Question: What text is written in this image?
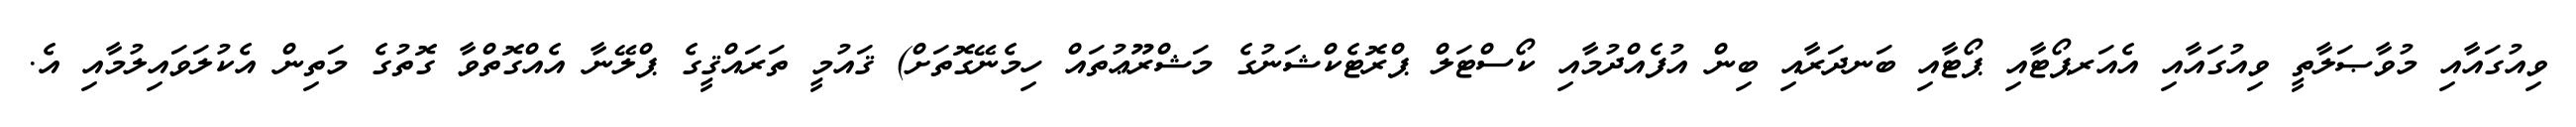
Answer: ވިއުގައާއި މުވާޞަލާތީ ވިއުގައާއި އެއަރޕޯޓާއި ޕޯޓާއި ބަނދަރާއި ބިން އުފެއްދުމާއި ކޯސްޓަލް ޕްރޮޓެކްޝަނުގެ މަޝްރޫޢުތައް ހިމެނޭގޮތަށް) ޤައުމީ ތަރައްޤީގެ ޕްލޭނާ އެއްގޮތްވާ ގޮތުގެ މަތިން އެކުލަވައިލުމާއި އެ.